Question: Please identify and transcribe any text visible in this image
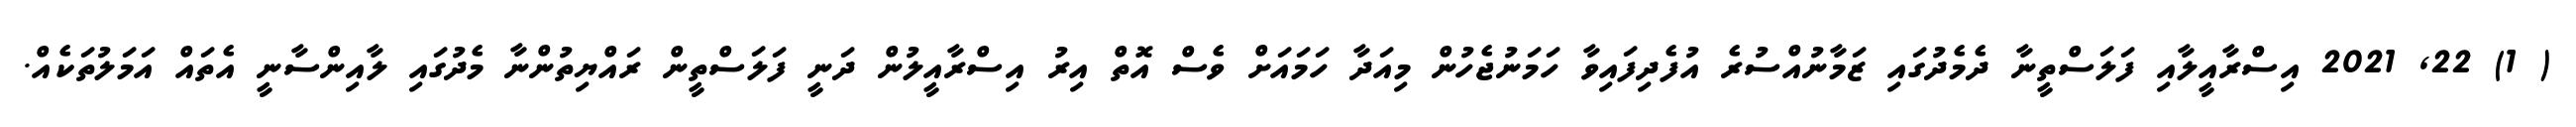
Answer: ( 1) 22, 2021 އިސްރާއީލާއި ފަލަސްތީނާ ދެމެދުގައި ޒަމާނުއްސުރެ އުފެދިފައިވާ ހަމަނުޖެހުން މިއަދާ ހަމައަށް ވެސް އޮތް އިރު އިސްރާއީލުން ދަނީ ފަލަސްތީން ރައްޔިތުންނާ މެދުގައި ލާއިންސާނީ އެތައް އަމަލުތަކެއް.